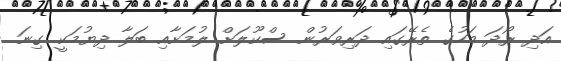
އަދި ރޯދަ މަހުގެ ތެރޭގައި ދަރިވަރުން ސްކޫލަށް ލުމަށާއި ބަލާ ދިޔުމަކީ ގިނަ